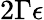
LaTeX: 2\Gamma\epsilon